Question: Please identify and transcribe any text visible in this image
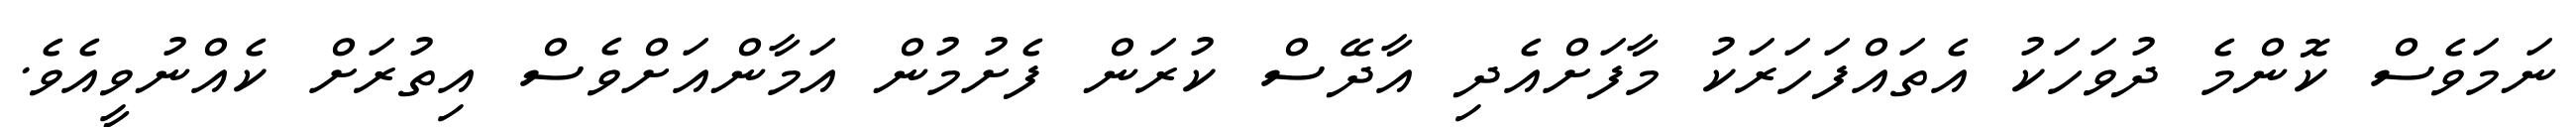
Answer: ނަމަވެސް ކޮންމެ ދުވަހަކު އެތައްފަހަރަކު މާފަށްއެދި އާދޭސް ކުރަން ފެށުމުން އަމާންއަށްވެސް އިތުރަށް ކެއްނުވީއެވެ.